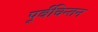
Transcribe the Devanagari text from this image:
पूर्वचिन्तन